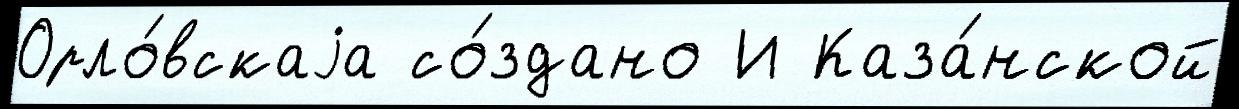
Орло́вскаjа со́здано И Каза́нской